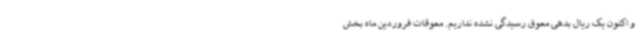
و اکنون یک ریال بدهی معوق رسیدگی نشده نداریم. معوقات فروردین ماه بخش